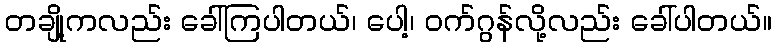
တချို့ကလည်း ခေါ်ကြပါတယ်၊ ပေါ့၊ ဝက်ဂွန်လို့လည်း ခေါ်ပါတယ်။